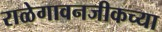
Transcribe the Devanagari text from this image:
राळेगावनजीकच्या